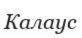
Калаус